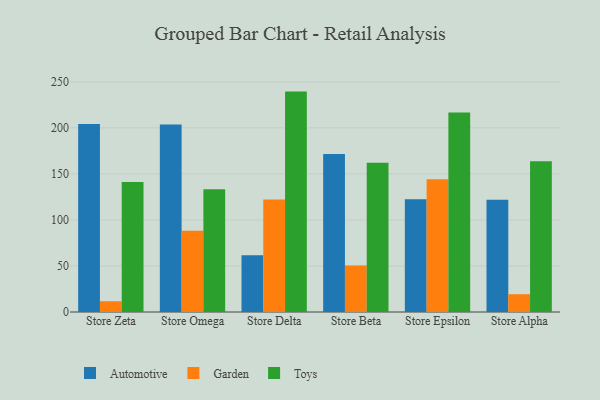
{"axis": {"x": "Store", "y": "Page Views"}, "legend": ["Automotive", "Garden", "Toys"], "data": [{"x": "Store Zeta", "y": 204.2, "type": "Automotive"}, {"x": "Store Zeta", "y": 11.7, "type": "Garden"}, {"x": "Store Zeta", "y": 141.1, "type": "Toys"}, {"x": "Store Omega", "y": 203.7, "type": "Automotive"}, {"x": "Store Omega", "y": 88.3, "type": "Garden"}, {"x": "Store Omega", "y": 133.3, "type": "Toys"}, {"x": "Store Delta", "y": 61.6, "type": "Automotive"}, {"x": "Store Delta", "y": 122.3, "type": "Garden"}, {"x": "Store Delta", "y": 239.4, "type": "Toys"}, {"x": "Store Beta", "y": 171.7, "type": "Automotive"}, {"x": "Store Beta", "y": 50.6, "type": "Garden"}, {"x": "Store Beta", "y": 162.1, "type": "Toys"}, {"x": "Store Epsilon", "y": 122.4, "type": "Automotive"}, {"x": "Store Epsilon", "y": 144.2, "type": "Garden"}, {"x": "Store Epsilon", "y": 216.6, "type": "Toys"}, {"x": "Store Alpha", "y": 121.8, "type": "Automotive"}, {"x": "Store Alpha", "y": 19.3, "type": "Garden"}, {"x": "Store Alpha", "y": 163.8, "type": "Toys"}]}